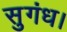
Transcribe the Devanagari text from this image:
सुगंध।